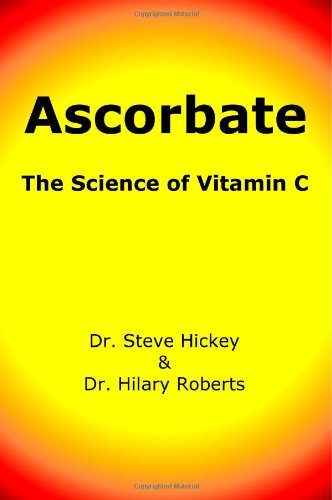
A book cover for Ascorbate: The Science of Vitamin C; Steve Hickey; Health, Fitness & Dieting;